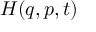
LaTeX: H ( { \boldsymbol { q } } , { \boldsymbol { p } } , t )